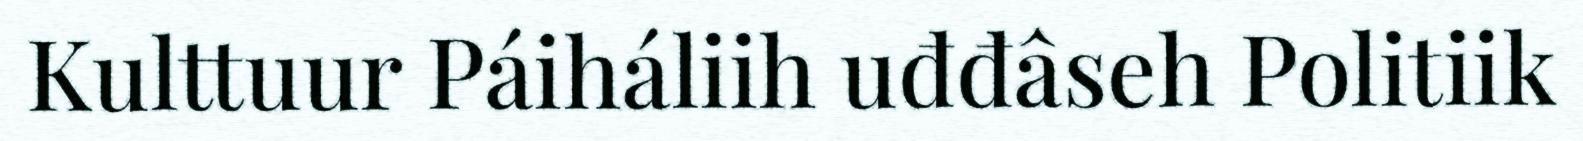
Kulttuur Páiháliih uđđâseh Politiik